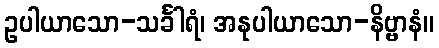
ဥပါယာသော-သင်္ခါရံ၊ အနုပါယာသော-နိဗ္ဗာနံ။